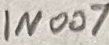
Text: 1N007